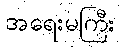
အရေးမကြီး